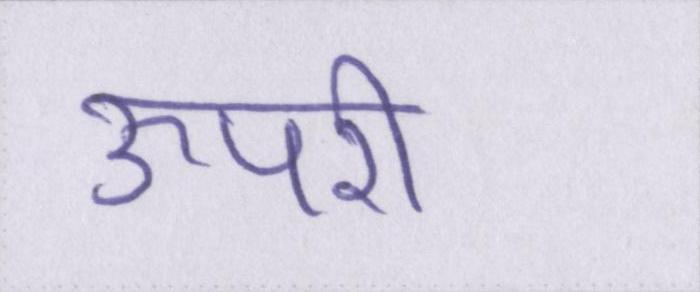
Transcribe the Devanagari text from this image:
ऊपरी